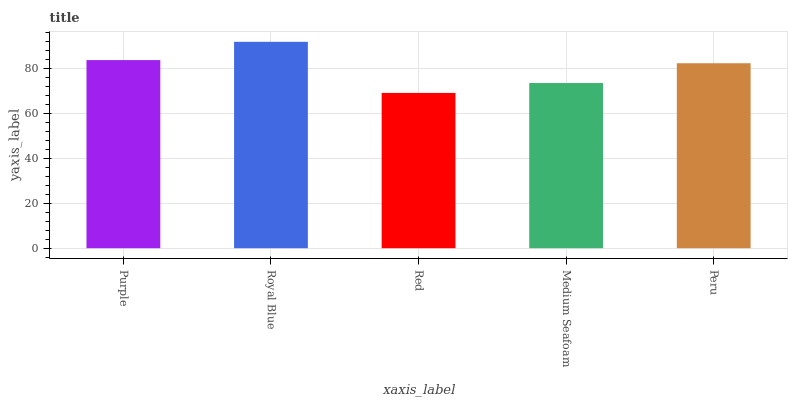
| xaxis_label | bars |
 | --- | --- |
 | Purple | 83.8 |
 | Royal Blue | 92 |
 | Red | 69.2 |
 | Medium Seafoam | 73.6 |
 | Peru | 82.4 |